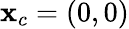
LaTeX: \mathbf{x}_{c}=(0,0)